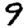
Digit: 9